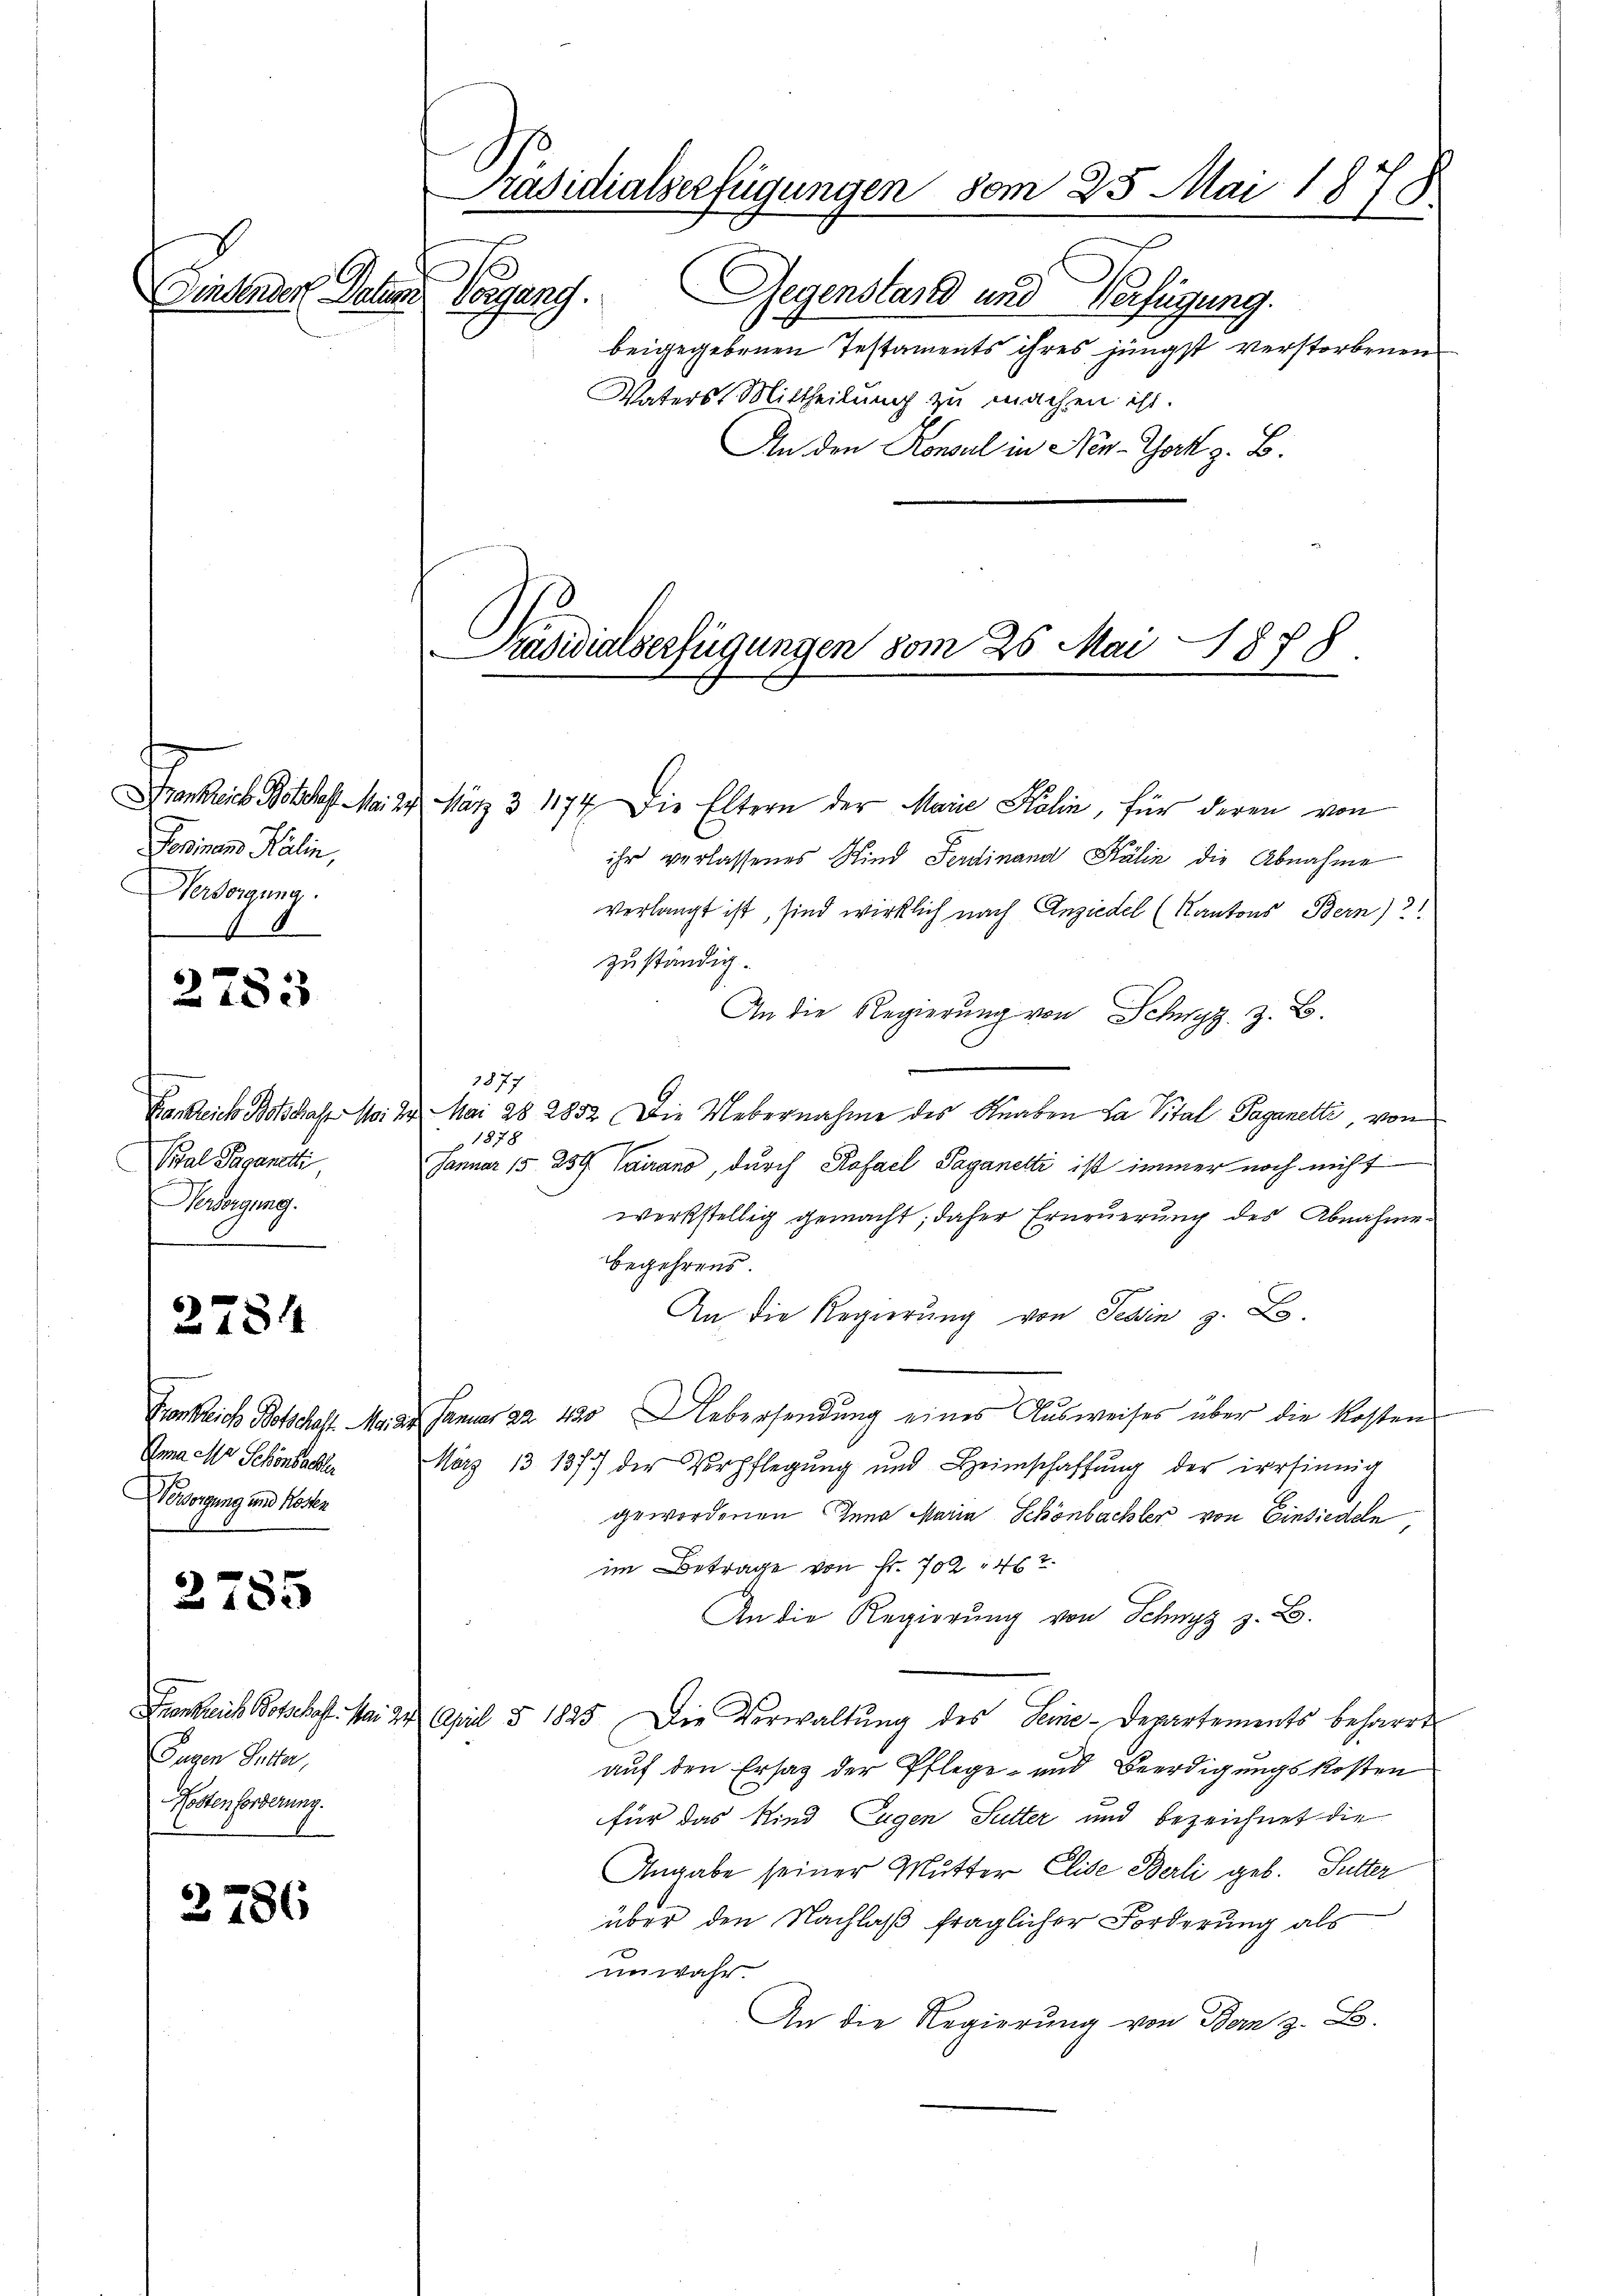
Primann Kälin,
Versorgung.
6

2783

Krankreiche Botschaft Mei
Vital Pagandi
Versorgung.

2784

Transliche Botschaft. Mei
Anna der Schönbachter
Worsorgung und Kosten

2785

Eugen Inter,
Kostenforderung.

3786

Präsidialserfügungen vom 25. Mai 1876
Eine sonder Peten Vorgang.
Gegenstand und Verfügung.
beigegebenen Testaments ihres jüngst verstorbenen
Vaters, Mittheilung zu machen ist.

Präsidialserfügungen vom 26. Mai 1878.

An den Konsul in New-York z. B.

Frankreich Beschaft Mai 29. März 3 1174. Die Eltern der Marie Kalin, für deren von
ihr verlassenes Kind Ferdinand Kälin die Abnahme
verlangt ist, sind wirklich nach Anziedel (Kantons Bern)
zuständig.
An die Regierung von Schwyz z. B.
1877
24. Mai 28. 2852. Die Uebernahme des Knaben La Vital Paganetti, von
1878
Januar 15. 259 Vairano, durch Rofael Paganetti ist immer noch nicht
werkstellig gemacht; daher Erneuerung des Abnahme
begehrens.
An die Regierung von Sein z. B.
22. Januar 22. 420 Uebersendung eines Ausweises über die Kosten
März 13 1377 der Verpflegŭng und Heimschaffŭng der irrsinnig
gewordenen Jena Maria Schönbachter von Einsiedeln,
im Betrage von Fr. 702. 462.
An die Regierung von Schwyz z. B.
Frskreich Botschaft. Mai 22. April § 1825. Die Verwaltŭng des Seine-Departements beharrt
auf den Ersatz der Pflege- und Beerdigungskosten
für das Kind Eugen Sutter und bezeichnet die
Angabe seiner Mutter Elise Berli geb. Sutter
über den Nachlaß fraglicher Forderung als
unwahr.
An die Regierung von Bern z. B.